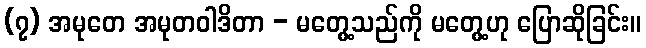
(၇) အမုတေ အမုတဝါဒိတာ - မတွေ့သည်ကို မတွေ့ဟု ပြောဆိုခြင်း။